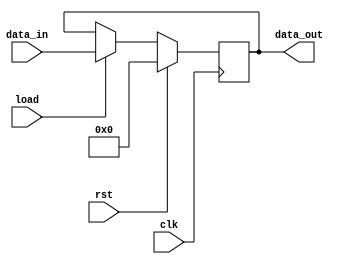
`timescale 1ns / 1ps
//////////////////////////////////////////////////////////////////////////////////
// Company: 
// Engineer: 
// 
// Design Name: 
// Module Name:    register 
// Project Name: 
// Target Devices: 
// Tool versions: 
// Description: 
//
// Dependencies: 
//
// Revision: 
// Revision 0.01 - File Created
// Additional Comments: 
//
//////////////////////////////////////////////////////////////////////////////////
module register(
					input [7:0] data_in,
					input load,
					input clk,
					input rst,
					output reg [7:0]data_out
    );
	 
	 
always@(posedge clk)
begin
	if(rst)
		begin
			data_out<=8'd0;
		end

	else if(load)
		begin
			data_out<=data_in;
		end

	else
		begin
			data_out<=data_out;
		end
end

endmodule